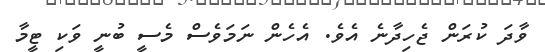
ވާދަ ކުރަން ޖެހިދާނެ އެވެ. އެހެން ނަމަވެސް މެސީ ބުނީ ވަކި ޓީމާ